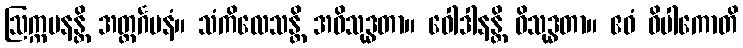
ဩက္ကမနန္တိ အတ္ထင်္ဂမနံ။ သံကိလေသန္တိ အဝိသုဒ္ဓတာ။ ဝေါဒါနန္တိ ဝိသုဒ္ဓတာ။ ဧဝံ ဝိပါကောတိ